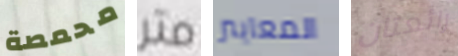
محمصة متر المعايير رائعتان